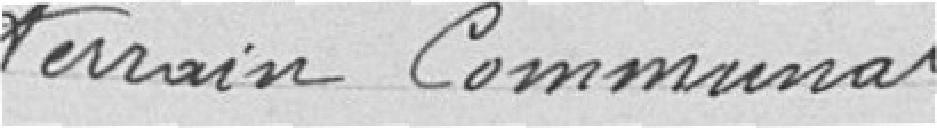
terrain communal.